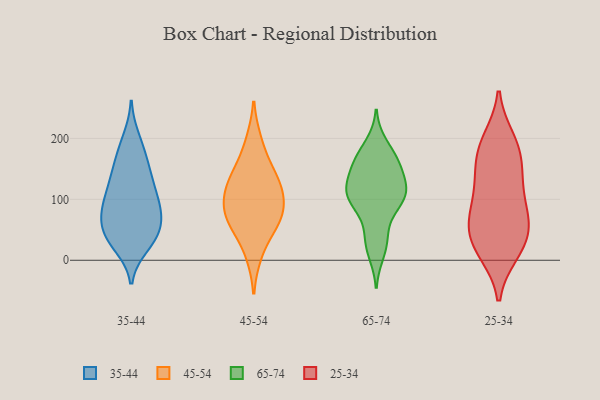
{"axis": {"x": "Headcount", "y": "Value"}, "legend": ["25-34", "35-44", "45-54", "65-74"], "data": [{"x": "", "y": 24, "type": "35-44"}, {"x": "", "y": 168, "type": "35-44"}, {"x": "", "y": 49, "type": "35-44"}, {"x": "", "y": 27, "type": "35-44"}, {"x": "", "y": 149, "type": "35-44"}, {"x": "", "y": 91, "type": "35-44"}, {"x": "", "y": 119, "type": "35-44"}, {"x": "", "y": 78, "type": "35-44"}, {"x": "", "y": 107, "type": "35-44"}, {"x": "", "y": 185, "type": "35-44"}, {"x": "", "y": 136, "type": "35-44"}, {"x": "", "y": 46, "type": "35-44"}, {"x": "", "y": 200, "type": "35-44"}, {"x": "", "y": 139, "type": "35-44"}, {"x": "", "y": 58, "type": "35-44"}, {"x": "", "y": 86, "type": "35-44"}, {"x": "", "y": 38, "type": "35-44"}, {"x": "", "y": 91, "type": "35-44"}, {"x": "", "y": 80, "type": "35-44"}, {"x": "", "y": 41, "type": "35-44"}, {"x": "", "y": 61, "type": "45-54"}, {"x": "", "y": 106, "type": "45-54"}, {"x": "", "y": 11, "type": "45-54"}, {"x": "", "y": 134, "type": "45-54"}, {"x": "", "y": 109, "type": "45-54"}, {"x": "", "y": 195, "type": "45-54"}, {"x": "", "y": 154, "type": "45-54"}, {"x": "", "y": 124, "type": "45-54"}, {"x": "", "y": 74, "type": "45-54"}, {"x": "", "y": 76, "type": "45-54"}, {"x": "", "y": 61, "type": "45-54"}, {"x": "", "y": 134, "type": "65-74"}, {"x": "", "y": 11, "type": "65-74"}, {"x": "", "y": 191, "type": "65-74"}, {"x": "", "y": 118, "type": "65-74"}, {"x": "", "y": 105, "type": "65-74"}, {"x": "", "y": 98, "type": "65-74"}, {"x": "", "y": 168, "type": "65-74"}, {"x": "", "y": 168, "type": "65-74"}, {"x": "", "y": 120, "type": "65-74"}, {"x": "", "y": 44, "type": "65-74"}, {"x": "", "y": 100, "type": "65-74"}, {"x": "", "y": 85, "type": "65-74"}, {"x": "", "y": 156, "type": "65-74"}, {"x": "", "y": 108, "type": "65-74"}, {"x": "", "y": 31, "type": "65-74"}, {"x": "", "y": 151, "type": "65-74"}, {"x": "", "y": 17, "type": "25-34"}, {"x": "", "y": 13, "type": "25-34"}, {"x": "", "y": 100, "type": "25-34"}, {"x": "", "y": 19, "type": "25-34"}, {"x": "", "y": 65, "type": "25-34"}, {"x": "", "y": 65, "type": "25-34"}, {"x": "", "y": 194, "type": "25-34"}, {"x": "", "y": 147, "type": "25-34"}, {"x": "", "y": 182, "type": "25-34"}, {"x": "", "y": 65, "type": "25-34"}, {"x": "", "y": 36, "type": "25-34"}, {"x": "", "y": 134, "type": "25-34"}, {"x": "", "y": 59, "type": "25-34"}, {"x": "", "y": 163, "type": "25-34"}, {"x": "", "y": 112, "type": "25-34"}, {"x": "", "y": 198, "type": "25-34"}]}